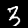
Label: 3